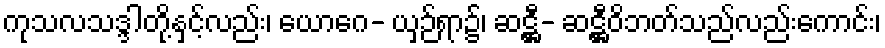
ကုသလသဒ္ဒါတို့နှင့်လည်း၊ ယောဂေ- ယှဉ်ရာ၌၊ ဆဋ္ဌီ- ဆဋ္ဌီဝိဘတ်သည်လည်းကောင်း၊